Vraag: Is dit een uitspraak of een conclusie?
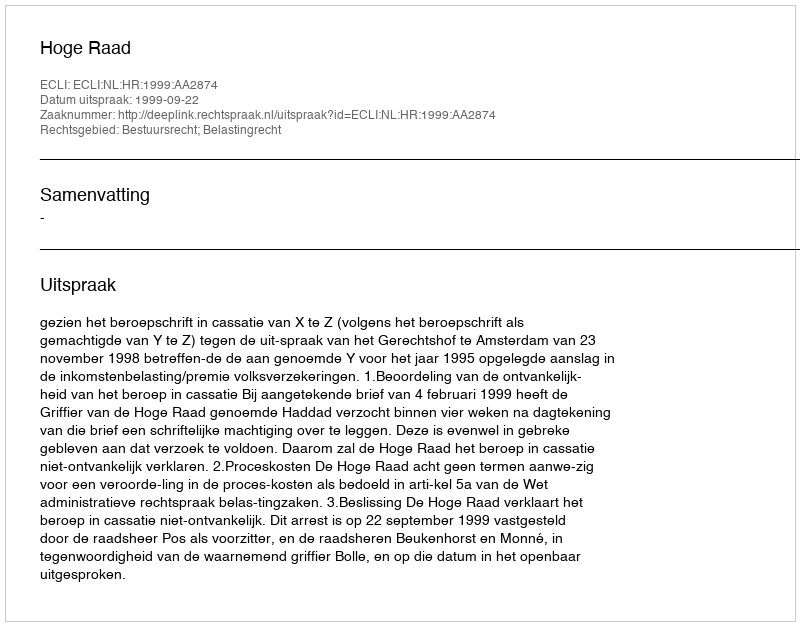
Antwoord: Uitspraak